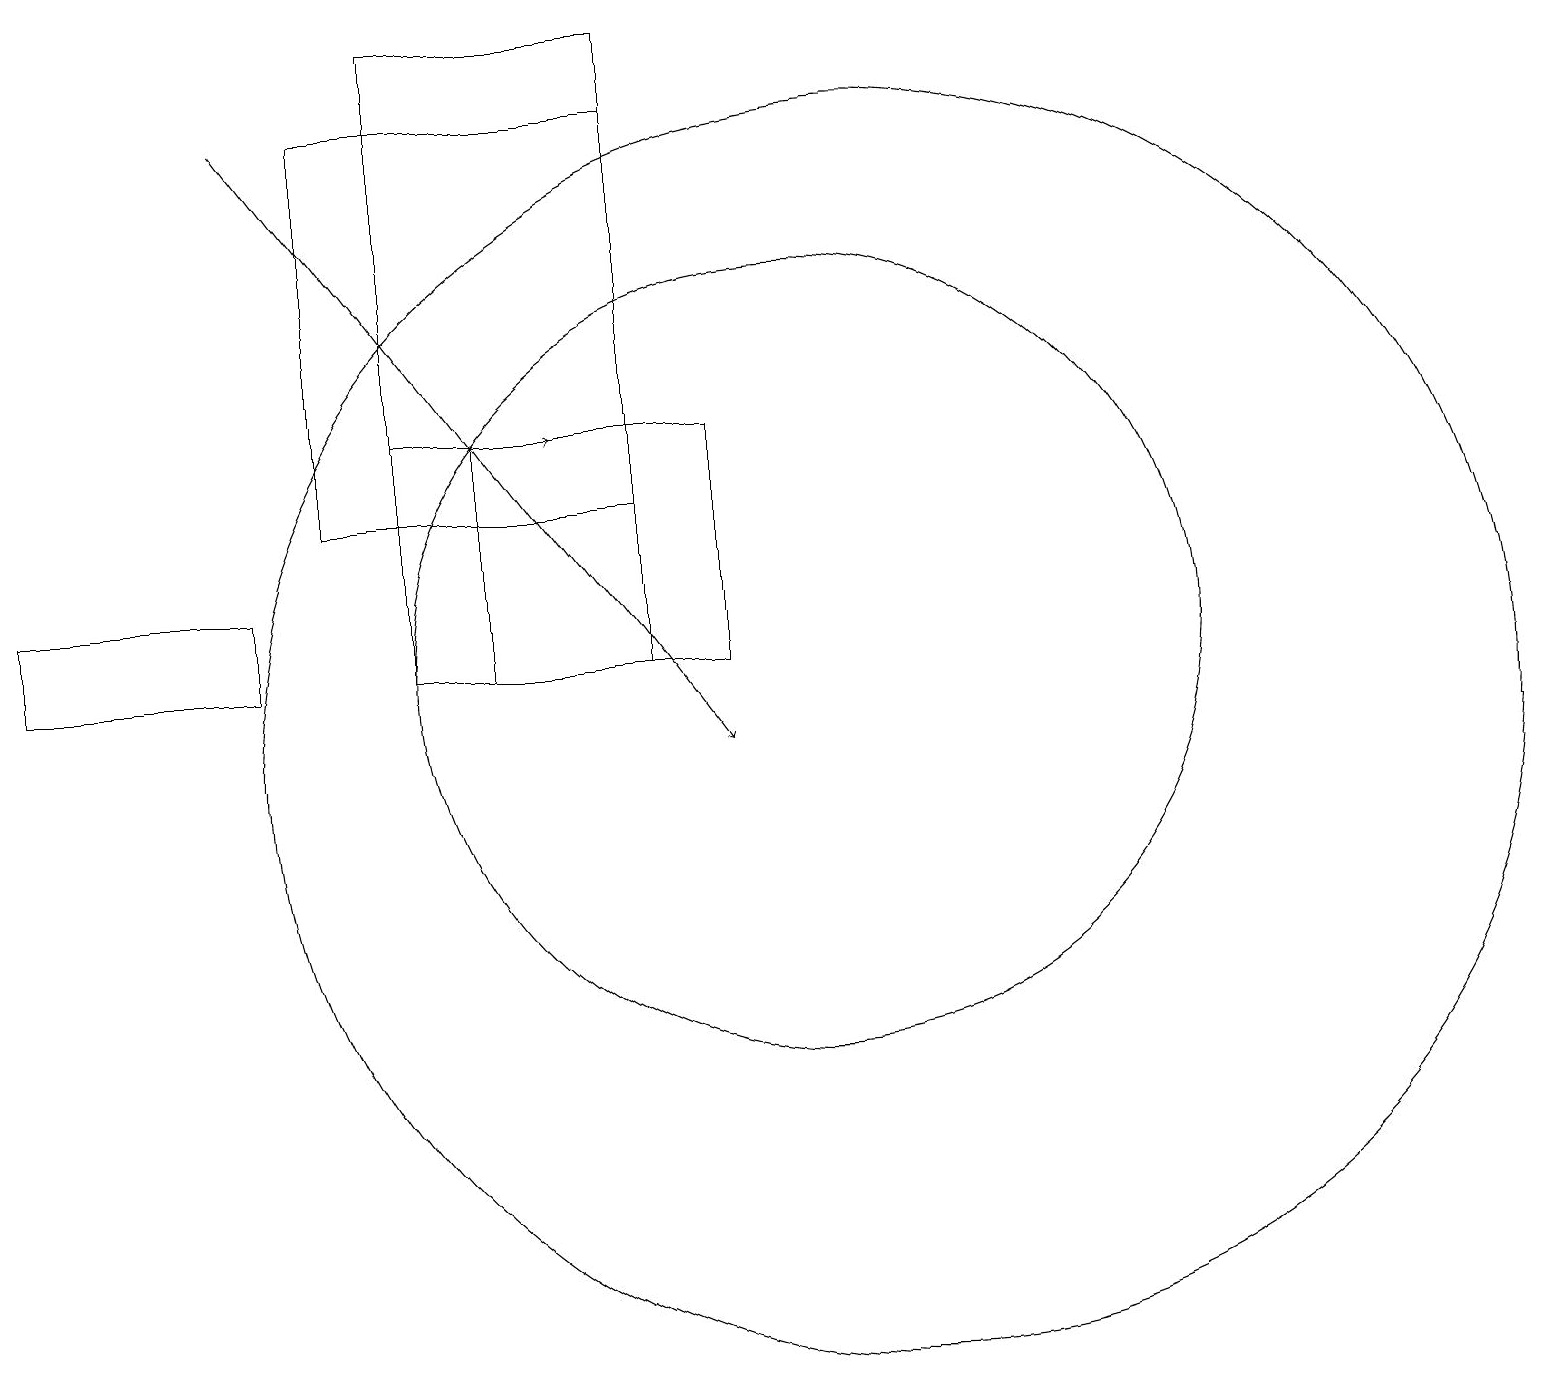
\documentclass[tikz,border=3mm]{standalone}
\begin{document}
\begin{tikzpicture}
\draw (5,11) rectangle (8,19);
\draw (3,11) rectangle (0,12);
\draw (9,11) rectangle (6,14);
\draw[->] (5,14) -- (7,14);
\draw[->] (3,18) -- (9,10);
\draw (10,11) circle (5);
\draw (11,10) circle (8);
\draw (4,18) rectangle (8,13);
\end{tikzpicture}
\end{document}